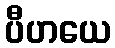
ပီဟယေ